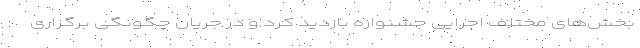
بخش‌های مختلف اجرایی جشنواره بازدید کرد و در جریان چگونگی برگزاری